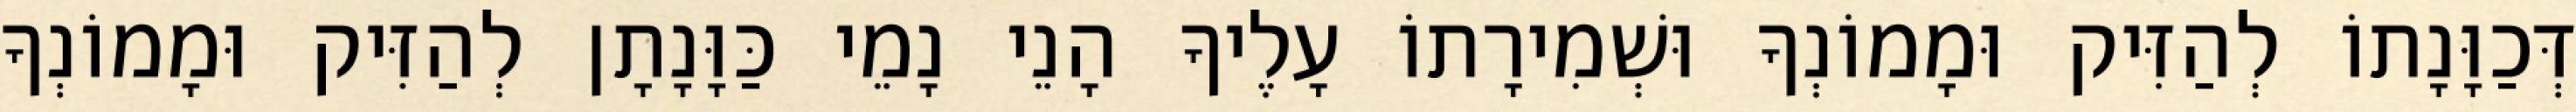
דְּכַוָּנָתוֹ לְהַזִּיק וּמָמוֹנְךָ וּשְׁמִירָתוֹ עָלֶיךָ הָנֵי נָמֵי כַּוָּנָתָן לְהַזִּיק וּמָמוֹנְךָ